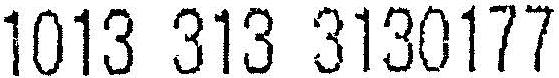
1013 313 3130177